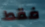
فقط